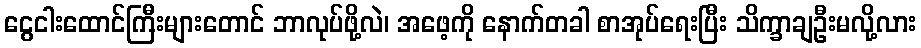
ငွေငါးထောင်ကြီးများတောင် ဘာလုပ်ဖို့လဲ၊ အဖေ့ကို နောက်တခါ စာအုပ်ရေးပြီး သိက္ခာချဦးမလို့လား